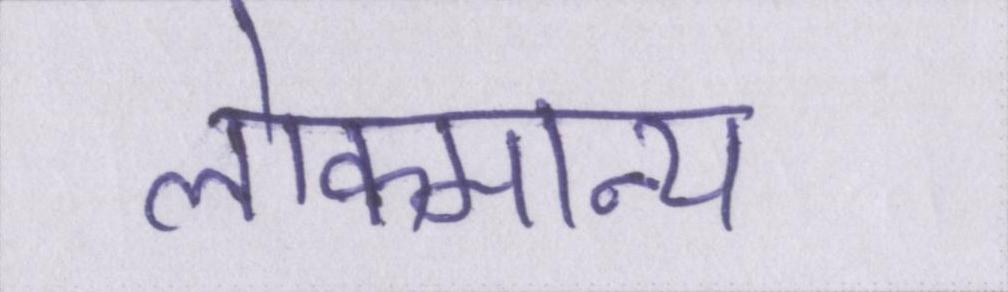
लोकमान्य